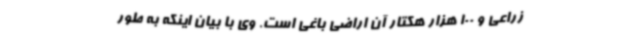
زراعی و 100 هزار هکتار آن اراضی باغی است. وی با بیان اینکه به طور